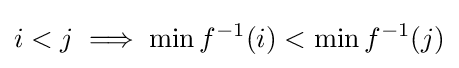
i<j\implies \min f^{-1}(i)<\min f^{-1}(j)